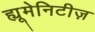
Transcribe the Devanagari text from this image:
ह्यूमेनिटीज़